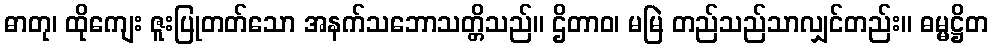
ဓာတု၊ ထိုကျေး ဇူးပြုတတ်သော အနက်သဘောသတ္တိသည်။ ဌိတာဝ၊ မမြဲ တည်သည်သာလျှင်တည်း။ ဓမ္မဋ္ဌိတ